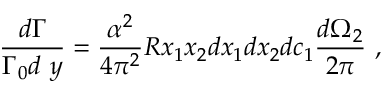
\frac { d \Gamma } { \Gamma _ { 0 } d \ y } = \frac { \alpha ^ { 2 } } { 4 \pi ^ { 2 } } R x _ { 1 } x _ { 2 } d x _ { 1 } d x _ { 2 } d c _ { 1 } \frac { d \Omega _ { 2 } } { 2 \pi } \ ,